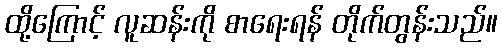
ထို့ကြောင့် လူဆန်းကို စာရေးရန် တိုက်တွန်းသည်။